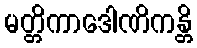
မတ္တိကာဒေါဏိကန္တိ